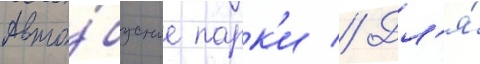
авто́бусные парк'и // Дл'я́